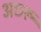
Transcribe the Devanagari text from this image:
अछरू